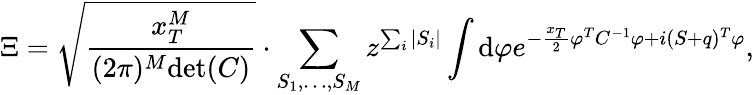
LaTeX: \Xi=\sqrt{\frac{x_{T}^{M}}{(2\pi)^{M}\mathrm{det}(C)}}\cdot\sum_{S_{1},\dots,S_{M}}z^{\sum_{i}|S_{i}|}\int\mathrm{d}\varphi e^{-\frac{x_{T}}{2}\varphi^{T}C^{-1}\varphi+i(S+q)^{T}\varphi},